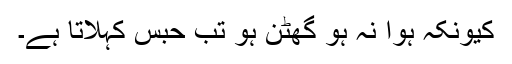
کیونکہ ہوا نہ ہو گھٹن ہو تب حبس کہلاتا ہے۔